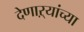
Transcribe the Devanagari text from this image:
देणाऱ्यांच्या